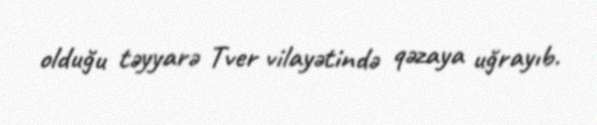
olduğu təyyarə Tver vilayətində qəzaya uğrayıb.